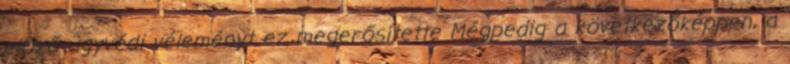
előző ügyvédi véleményt ez megerősítette Mégpedig a következőképpen, a